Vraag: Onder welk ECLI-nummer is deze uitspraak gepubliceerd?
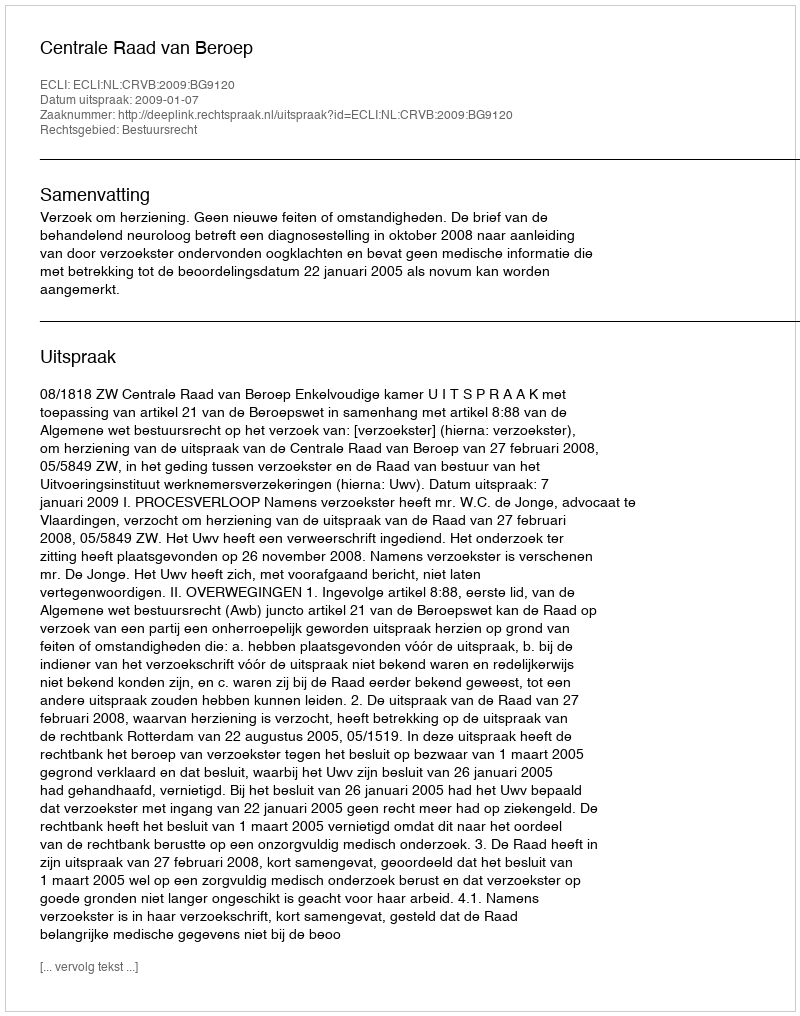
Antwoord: ECLI:NL:CRVB:2009:BG9120